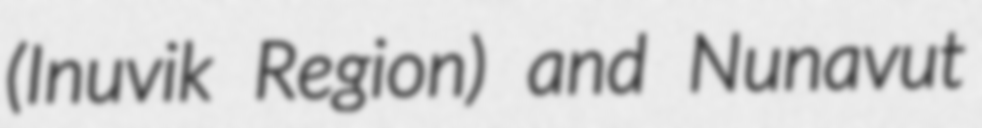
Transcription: (Inuvik Region) and Nunavut